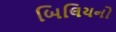
બિલિયનો